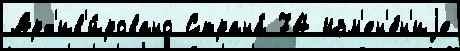
Арх'ив'и́ровано Страна́ 74 Изм'ен'е́н'иjе